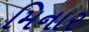
મિનાર